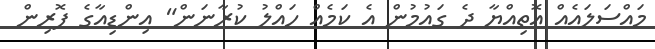
މައްސަލައެއް އޮތިއްޔާ ދެ ގައުމުން އެ ކަމެއް ހައްލު ކުރާނަން" އިންޑިއާގެ ފޮރިން